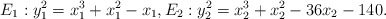
\begin{align*} E_1 : y_1^2 = x_1^3+x_1^2-x_1, E_2: y_2^2=x_2^3+x_2^2-36x_2-140.\end{align*}